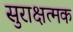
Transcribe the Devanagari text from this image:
सुराक्षत्मक